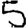
Digit: 5